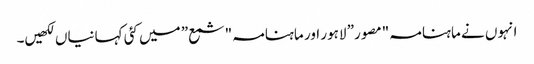
انہوں نے ماہنامہ "مصور” لاہور اور ماہنامہ "شمع” میں کئی کہانیاں لکھیں۔